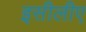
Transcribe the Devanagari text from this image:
इसीलीए